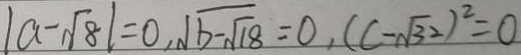
\vert a - \sqrt { 8 } \vert = 0 , \sqrt { b - \sqrt { 1 8 } } = 0 , ( c - \sqrt { 3 2 } ) ^ { 2 } = 0